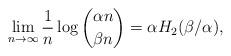
LaTeX: \begin{align*} \lim_{n\to\infty} \frac{1}{n} \log \binom{\alpha n}{\beta n} = \alpha H_2 (\beta/\alpha),\end{align*}